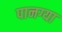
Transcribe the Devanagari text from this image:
पानग्या